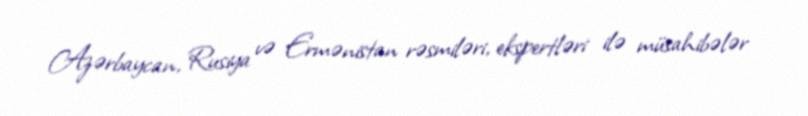
Azərbaycan, Rusiya və Ermənistan rəsmiləri, ekspertləri ilə müsahibələr